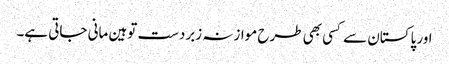
اور پاکستان سے کسی بھی طرح موازنہ زبردست توہین مانی جاتی ہے۔